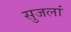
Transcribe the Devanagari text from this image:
सुजलां